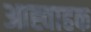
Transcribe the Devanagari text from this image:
आह्वाहक